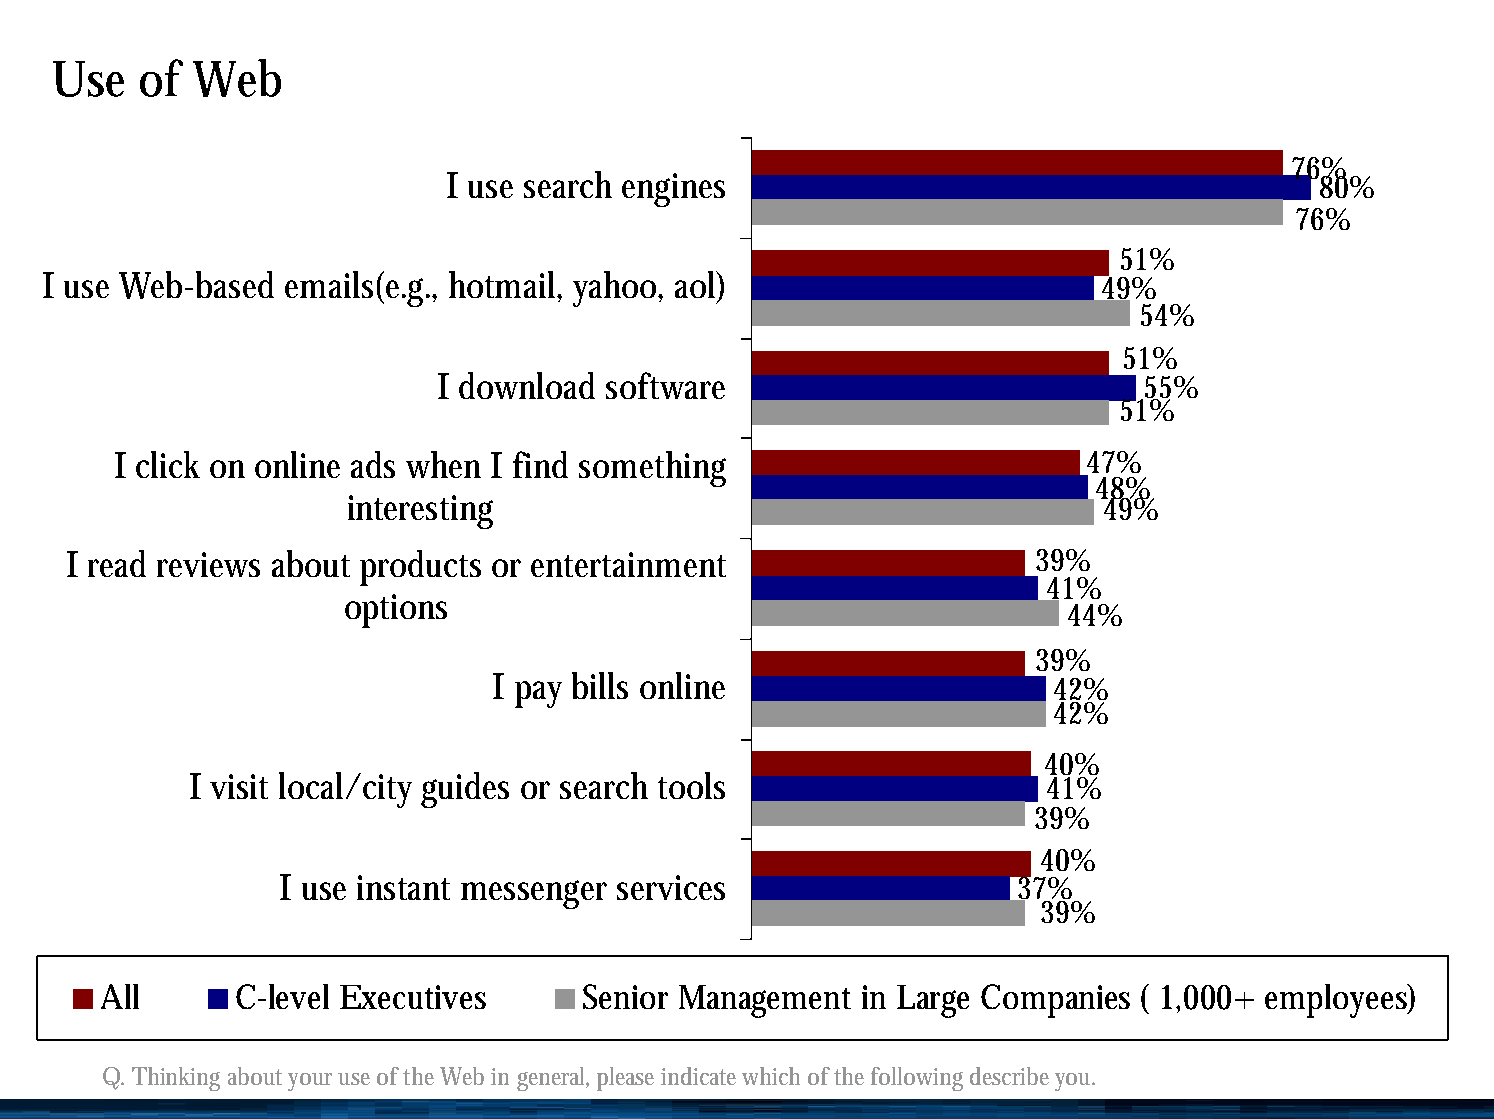
Use   of  Web
 76%
 I use search engines                                     80%
 76%
 51%
 I use Web-based emails(e.g., hotmail, yahoo, aol)                     49%
 54%
 51%
 I download software                            55%
 51%
 I click on online ads when I find something                     47%
 48%
 interesting                                       49%
 I read reviews about products or entertainment                   39%
 41%
 options
 44%
 39%
 I pay bills online                   42%
 42%
 40%
 I visit local/city guides or search tools               41%
 39%
 40%
 I use instant messenger services                37%
 39%
 All      C-level Executives     Senior Management in Large Companies ( 1,000+ employees)
 Q. Thinking about your use of the Web in general, please indicate which of the following describe you.